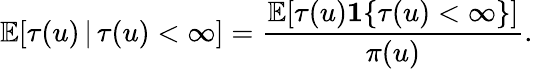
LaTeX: \mathbb{E}[\tau(u)\, |\, \tau(u)<\infty]=\frac{\mathbb{E}[\tau(u)\mathbf{1}\{ \tau(u)<\infty\} ]}{\pi(u)}.